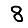
Digit: 8